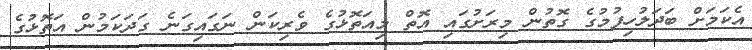
އެކަމަށް ބަދަލުހިފުމުގެ ގޮތުން މިރަށުގައި އޮތް މިއަތޮޅުގެ ވެރިކަން ނަގައިގަނެ ގަދަކަމުން އަތޮޅުގެ